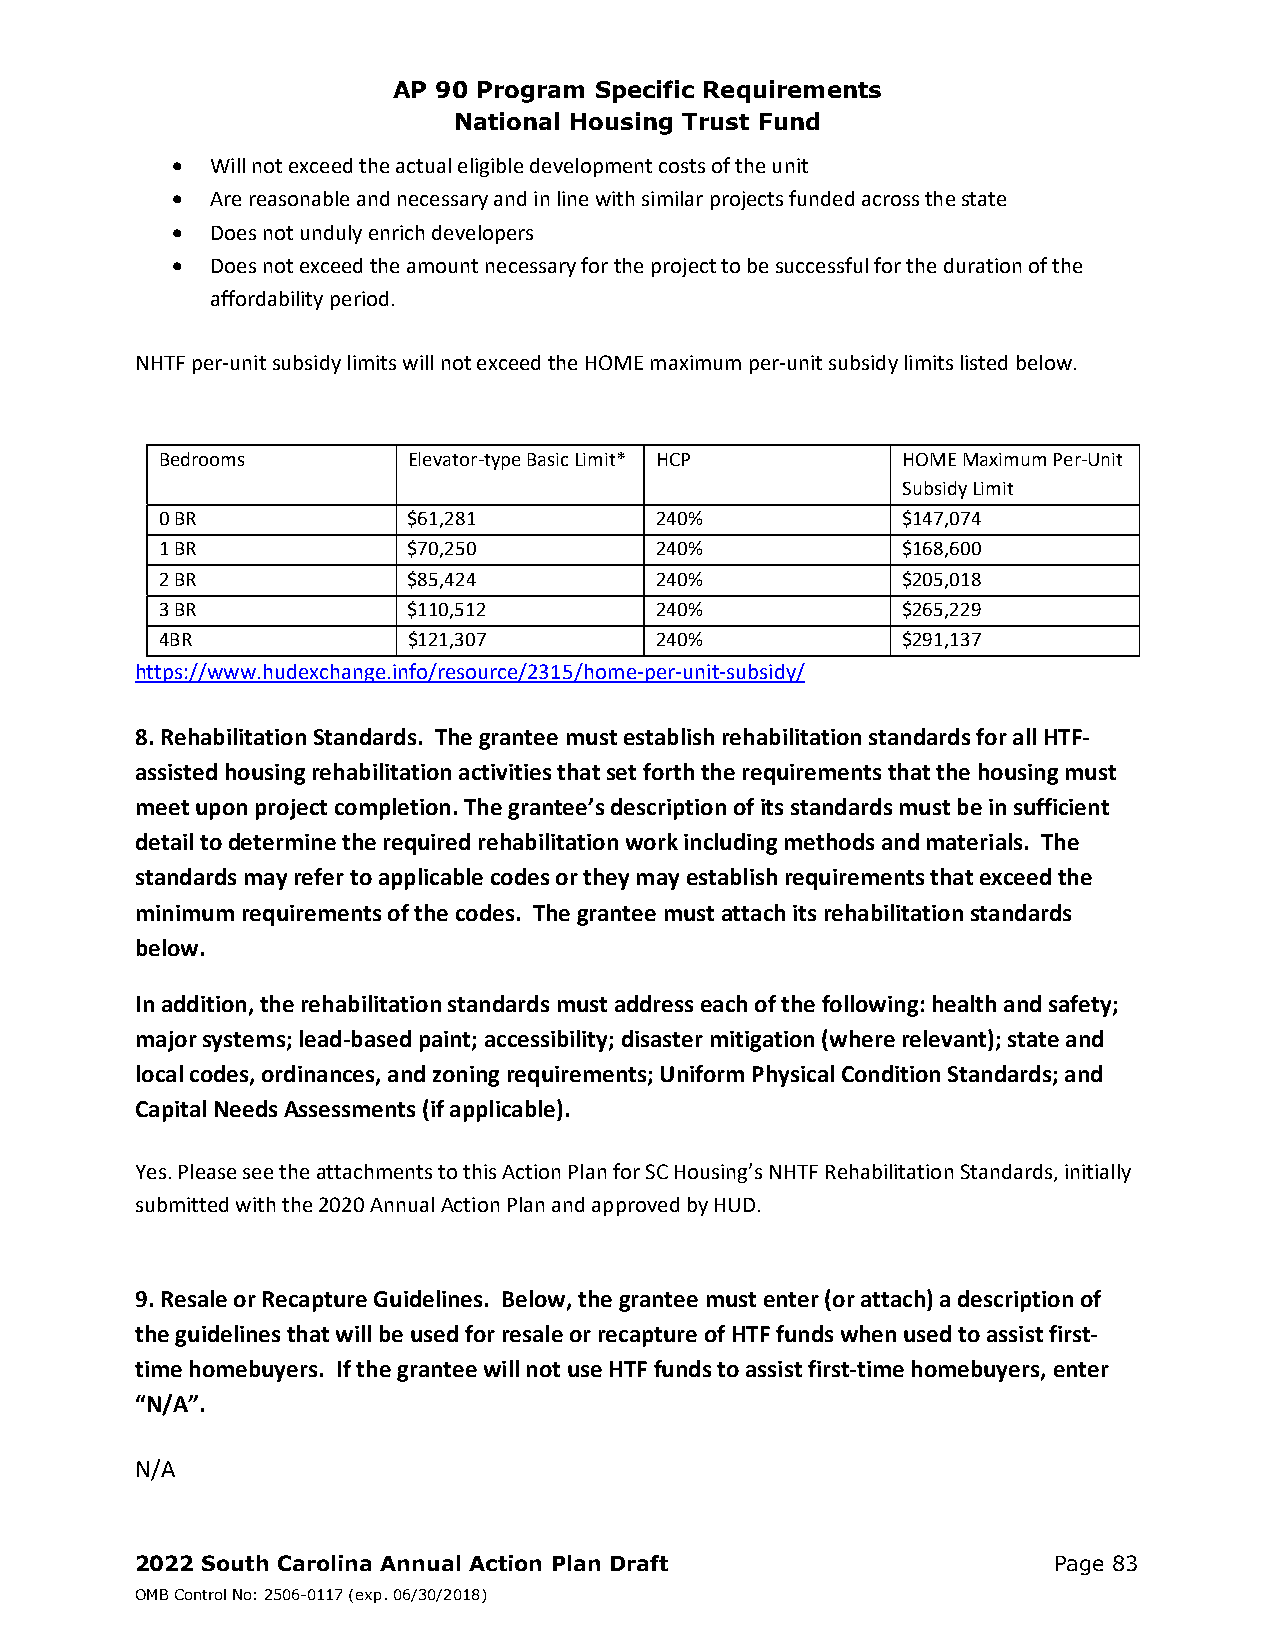
AP 90 Program Specific Requirements
 National Housing Trust Fund
   Will not exceed the actual eligible development costs of the unit
   Are reasonable and necessary and in line with similar projects funded across the state
   Does not unduly enrich developers
   Does not exceed the amount necessary for the project to be successful for the duration of the
 affordability period.
 NHTF per‐unit subsidy limits will not exceed the HOME maximum per‐unit subsidy limits listed below.
 Bedrooms        Elevator‐type Basic Limit* HCP   HOME Maximum Per‐Unit
 Subsidy Limit
 0 BR            $61,281         240%             $147,074
 1 BR            $70,250         240%             $168,600
 2 BR            $85,424         240%             $205,018
 3 BR            $110,512        240%             $265,229
 4BR             $121,307        240%             $291,137
 https://www.hudexchange.info/resource/2315/home‐per‐unit‐subsidy/
 8. Rehabilitation Standards. The grantee must establish rehabilitation standards for all HTF‐
 assisted housing rehabilitation activities that set forth the requirements that the housing must
 meet upon project completion. The grantee’s description of its standards must be in sufficient
 detail to determine the required rehabilitation work including methods and materials. The
 standards may refer to applicable codes or they may establish requirements that exceed the
 minimum requirements of the codes. The grantee must attach its rehabilitation standards
 below.
 In addition, the rehabilitation standards must address each of the following: health and safety;
 major systems; lead‐based paint; accessibility; disaster mitigation (where relevant); state and
 local codes, ordinances, and zoning requirements; Uniform Physical Condition Standards; and
 Capital Needs Assessments (if applicable).
 Yes. Please see the attachments to this Action Plan for SC Housing’s NHTF Rehabilitation Standards, initially
 submitted with the 2020 Annual Action Plan and approved by HUD.
 9. Resale or Recapture Guidelines. Below, the grantee must enter (or attach) a description of
 the guidelines that will be used for resale or recapture of HTF funds when used to assist first‐
 time homebuyers. If the grantee will not use HTF funds to assist first‐time homebuyers, enter
 “N/A”.
 N/A
 2022 South Carolina Annual Action Plan Draft                 Page 83
 OMB Control No: 2506-0117 (exp. 06/30/2018)